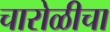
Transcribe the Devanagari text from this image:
चारोळीचा